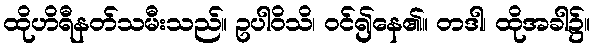
ထိုဟိရီနတ်သမီးသည်။ ဥပါဝိသိ၊ ဝင်၍နေ၏။ တဒါ၊ ထိုအခါ၌။